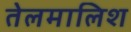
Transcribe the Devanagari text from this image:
तेलमालिश